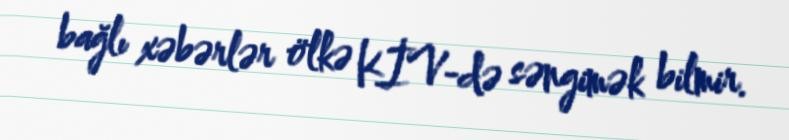
bağlı xəbərlər ölkə KİV-də səngimək bilmir.